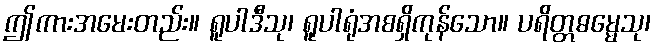
ဤကားအမေးတည်း။ ရူပါဒီသု၊ ရူပါရုံအစရှိကုန်သော။ ပရိတ္တဓမ္မေသု၊